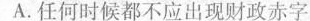
A.任何时候都不应出现财政赤字